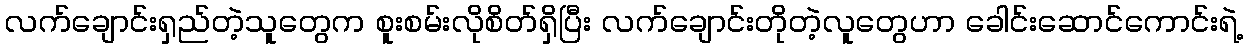
လက်ချောင်းရှည်တဲ့သူတွေက စူးစမ်းလိုစိတ်ရှိပြီး လက်ချောင်းတိုတဲ့လူတွေဟာ ခေါင်းဆောင်ကောင်းရဲ့